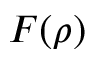
F ( \rho )